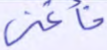
فأغنى